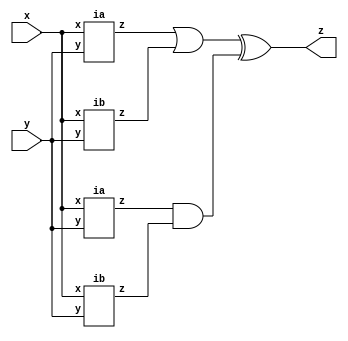
module top_module (input x, input y, output z);
    
    wire ia1_out, ia2_out, ib1_out, ib2_out;
    
    ia ia_inst_1 (
        .x(x),
        .y(y),
        .z(ia1_out)
    );
    
    ia ia_inst_2 (
        .x(x),
        .y(y),
        .z(ia2_out)
    );
    
    ib ib_inst_1 (
        .x(x),
        .y(y),
        .z(ib1_out)
    );
    
    ib ib_inst_2 (
        .x(x),
        .y(y),
        .z(ib2_out)
    );
    
    assign z = (ia1_out | ib1_out) ^ (ia2_out & ib2_out);
    

endmodule

module ia (input x, input y, output z);
    
    assign z = (x^y) & x;

endmodule

module ib ( input x, input y, output z );
    
    assign z = ~(x ^ y);

endmodule